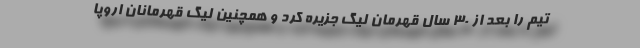
تیم را بعد از 30 سال قهرمان لیگ جزیره کرد و همچنین لیگ قهرمانان اروپا